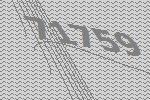
71759